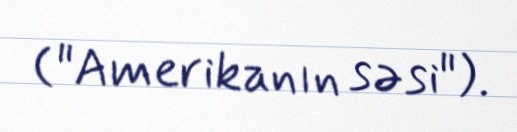
("Amerikanın səsi").